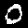
Label: 0